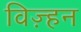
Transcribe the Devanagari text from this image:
विज़्हन